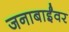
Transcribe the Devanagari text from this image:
जनाबाईंवर